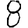
Digit: 8